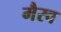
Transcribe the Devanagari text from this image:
मैरव